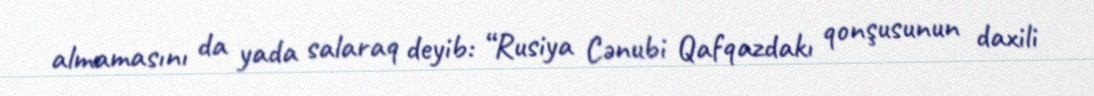
almamasını da yada salaraq deyib: “Rusiya Cənubi Qafqazdakı qonşusunun daxili